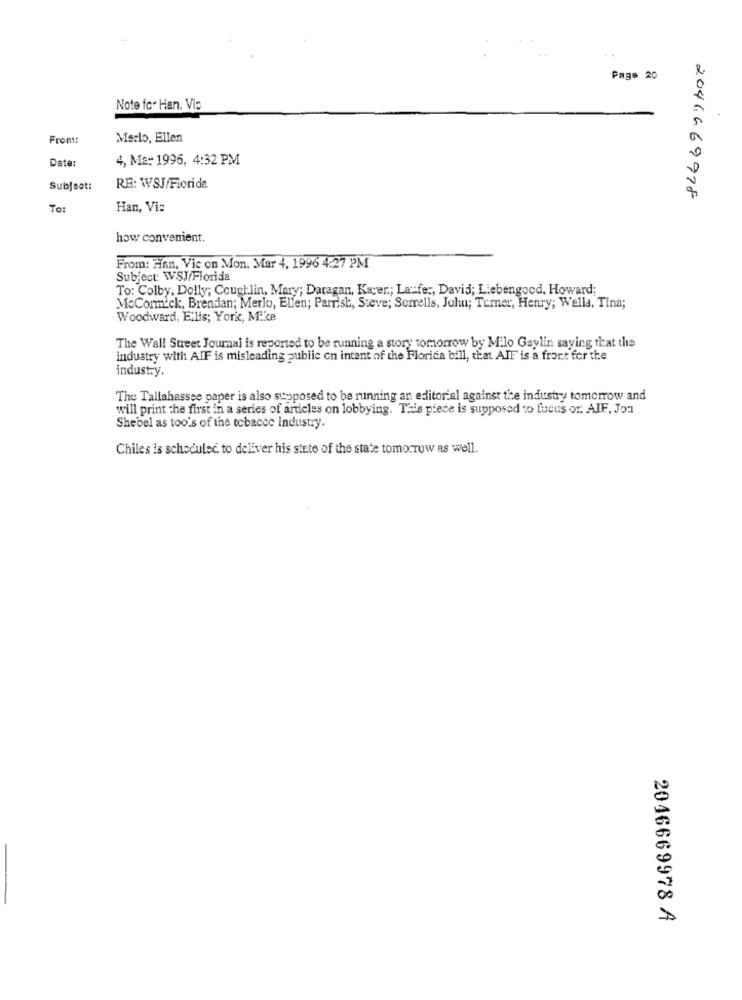
..
Page 20
Note fc- Han. Via
From:
Merlo, Ellen
Date:
4, Ma: 1996, 4:32 PM
Subject:
RE: WSJ/Fioride
2046669978
To:
Han, Vi:
how convenient.
From: Han, Vie on Mon. Mar 4, 1996 4:27 PM
Subject: WSJ/Florida
To: Colby, Dolly; Coughlin, Mary; Daragan, Kacper .; La":fer, David; Liebengocd, Howard;
McCormick, Brendan; Merlo, Elien; Parrish, Steve; Sorrells, John; Temner, Henry; Wella, Tina;
Woodward, Elis; York, Mike
The Wall Street Journal is reported to be running a story tomorrow by Milo Gaylin saying that the
industry with AIF is misleading public on intent of the Florida bill, that AIF is a front for the
industry.
The Tallahassee paper is also supposed to be running an editorial against the industry tomorrow and
will print the first in a series of articles on lobbying. Tais piece is supposed to fucus or. AIF, Jon
Shebel as too's of the tobacco Industry.
Chiles is scheduled to deliver his sinte of the state tomorrow as well.
2046669978 A